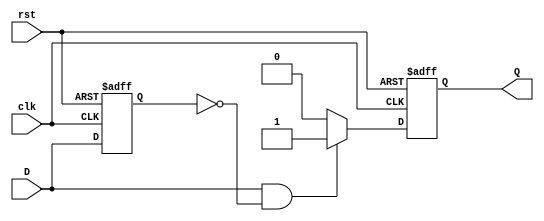
module edge_detector (
    input wire clk,      // Clock signal
    input wire rst,      // Reset signal
    input wire D,        // Input signal
    output reg Q         // Output pulse signal
);

// Internal register to store the previous state of the input signal
reg D_prev;

// Always block to detect rising edge
always @(posedge clk or posedge rst) begin
    if (rst) begin
        // Reset the output and previous state
        Q <= 1'b0;
        D_prev <= 1'b0;
    end else begin
        // Rising edge detection
        if (D == 1'b1 && D_prev == 1'b0) begin
            Q <= 1'b1;  // Generate pulse on rising edge
        end else begin
            Q <= 1'b0;  // Reset pulse if no rising edge detected
        end
        
        // Update previous state
        D_prev <= D;
    end
end

endmodule